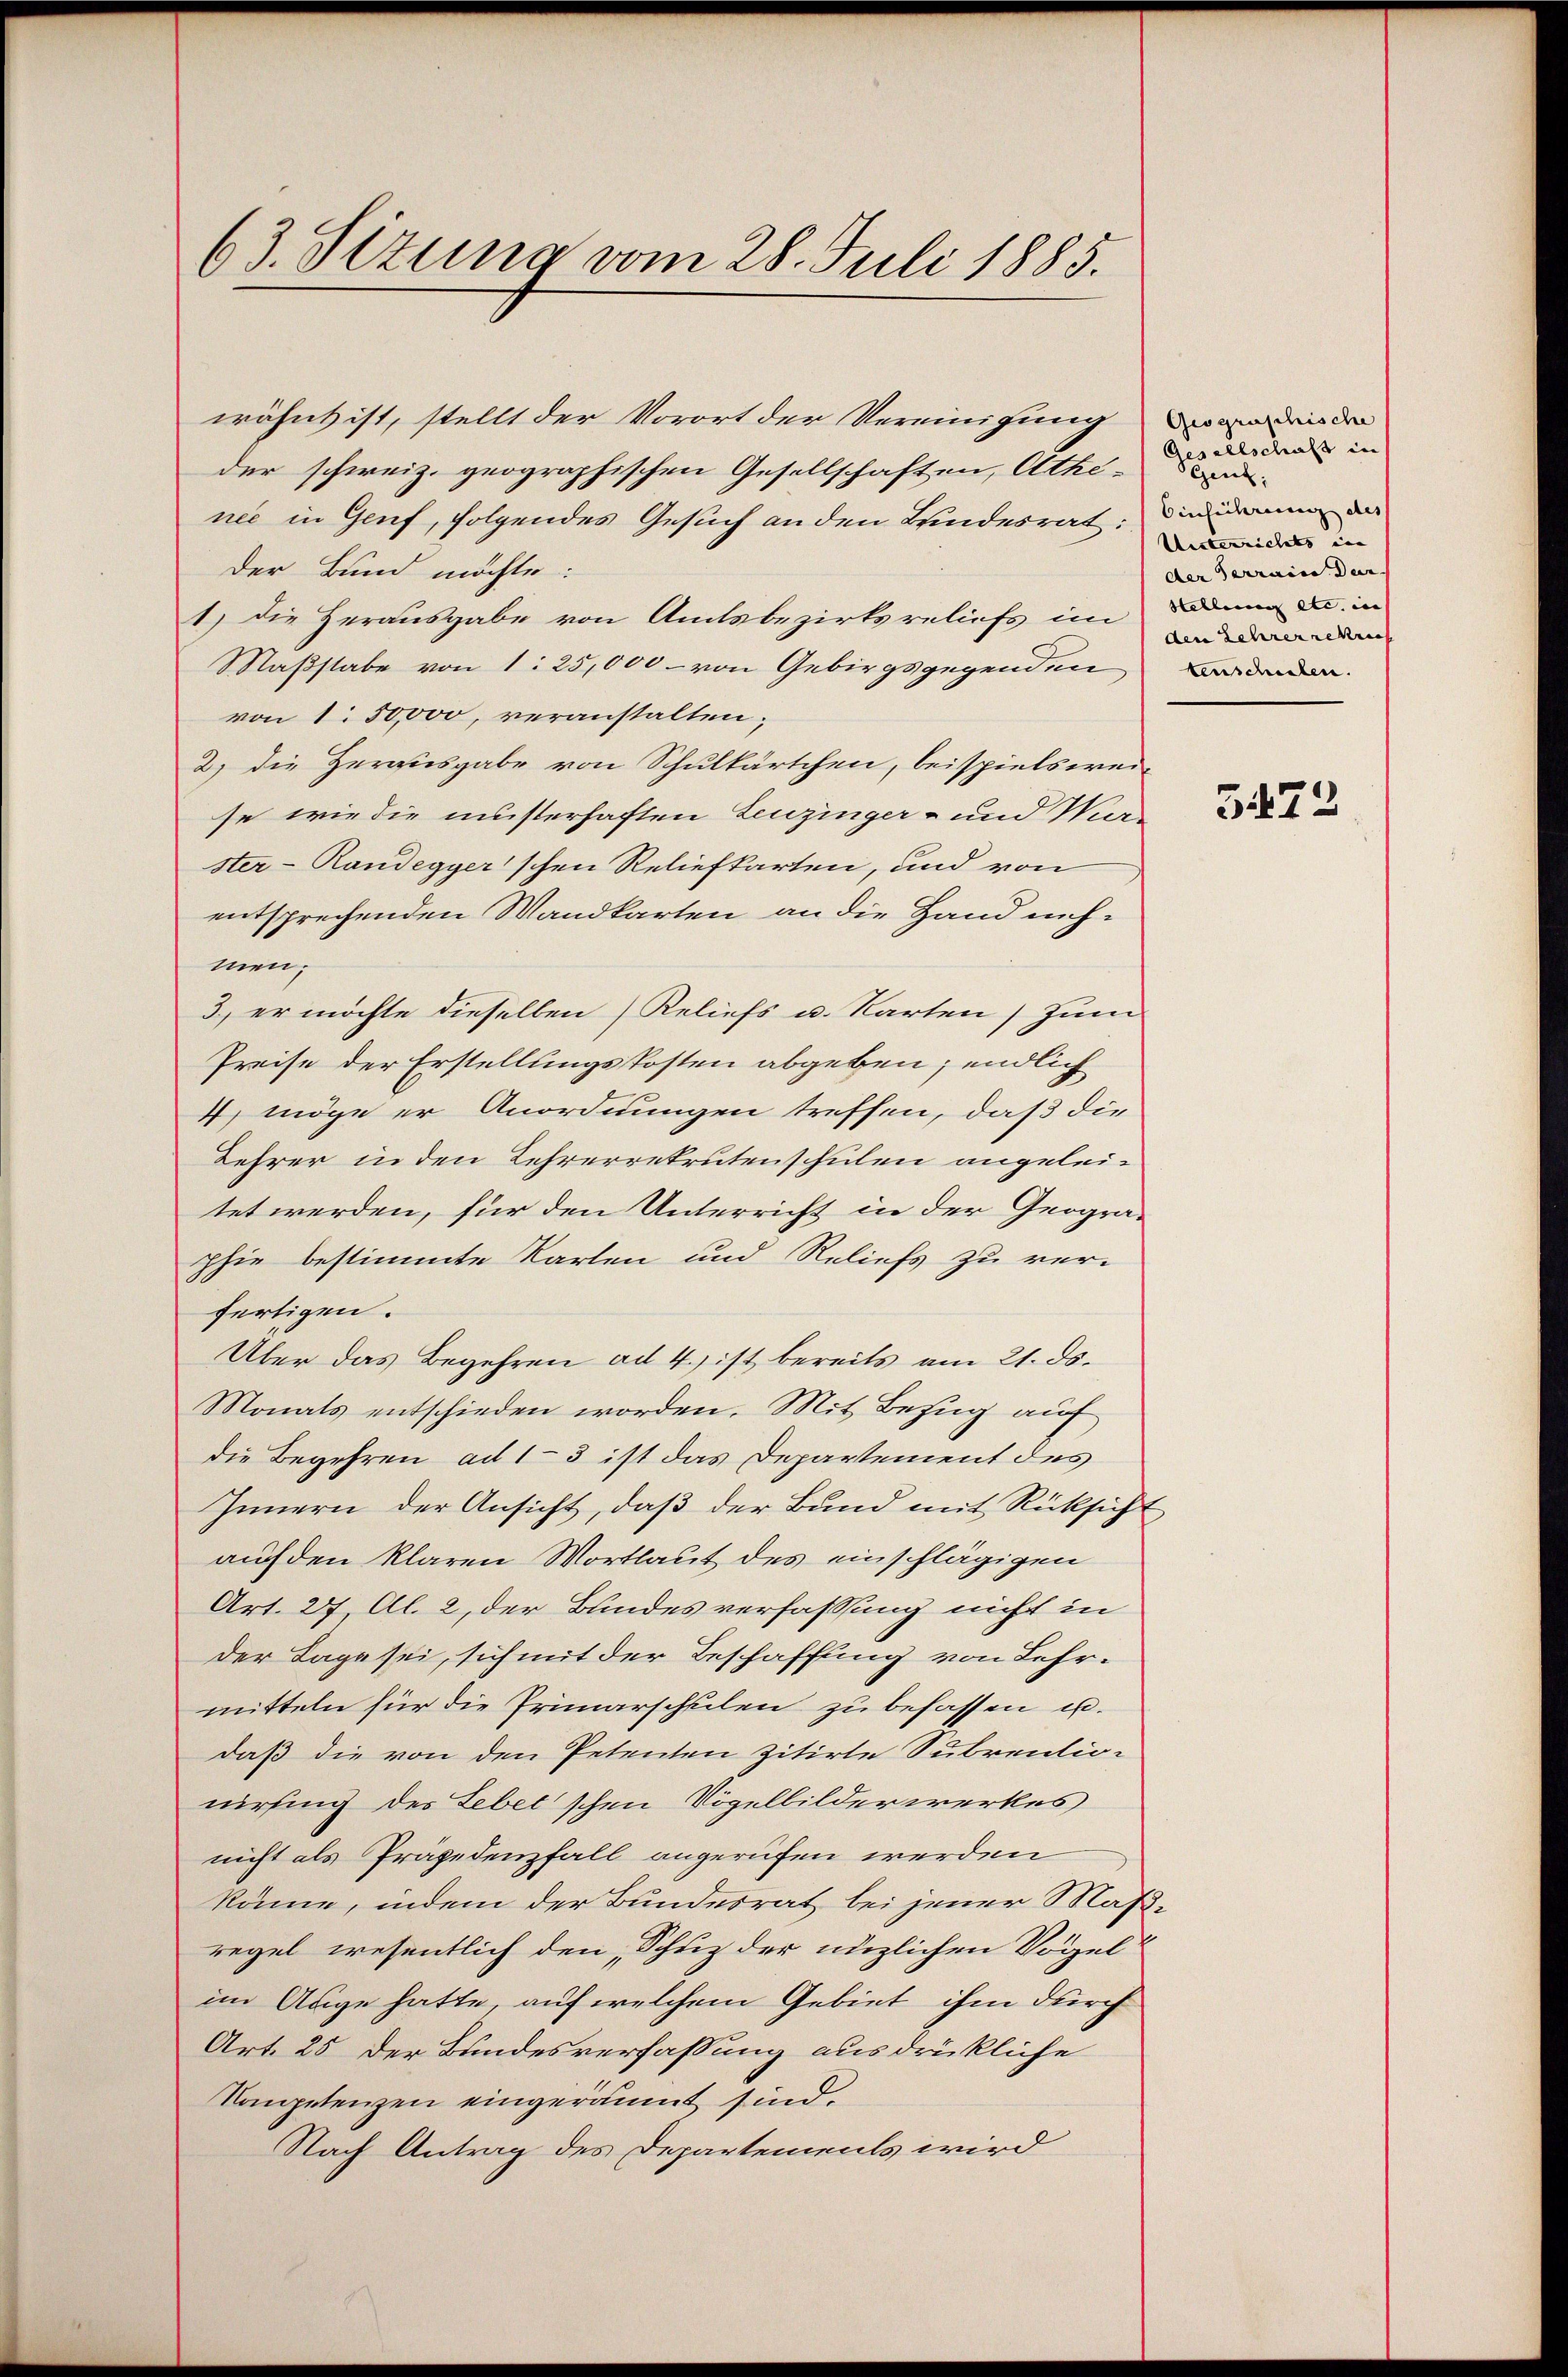
63. Sizung vom 28. Juli 1885.

1) die Herausgabe von Amtsbezirksreliefs im
Maßstabe von 1: 25,000 - von Gebirgsgegenden
von 1 50,000, veranstalten;
2) die Herausgabe von Schulkärtchen, beispielsweise wie die musterhaften Leuzinger- und War
ster-Randegyer'schen Reliefkarten, und von
entsprechenden Wandkarten an die Hand nichmen.
3.) er möchte dieselben Reliefs u. Karten) zum
Preise der Erstellungskosten abgeben; endlich
4) möge er Anordnungen treffen, daß die
Lehrer in den Lehrerrekrutenschulen angeleitet werden, für den Unterricht in der Geogra-
phie bestimmte Karten und Reliefs zu ver-
fertigen.
Über das Begehren ad 4.) ist bereits am 21. ds.
Monats entschieden worden. Mit Bezug auf
die Begehren ad 1–3 ist das Departement des
Innern der Ansicht, daß der Bund mit Rücksicht
auf den klaren Wortlaut des einschlägigen
Art. 27, Al. 2, der Bundesverfassung nicht in
der Lage sei, sich mit der Beschaffung von Lehr-
mitteln für die Primarschulen zu befassen u.
daß die von den Petenten zitirte Subrentionirsing des Lebet schen Vögelbilderwerkes
nicht als Präpedenfall angerufen werden
könne, indem der Bundesrat bei jener Masregel wesentlich den „Schuz der nüzlichen Vögel
im Auge hatte, auf welchem Gebiet ihm durch
Art. 25 der Bundesverfassung ausdrückliche
Kompetenzen eingeräumt sind.
Nach Antrag des Departements wird

wähnt ist, stellt der Vorort der Vereinigung
der schweiz. geographischen Gesellschaften, Athe-
nee in Genf, folgendes Gesuch an den Bundesrat:
Der Bund möchte:

Geographische
esellschaft in
Gent,
Einsicherung des
Unterrichts in
der Terraine der
Stellung etc. in |
den Lehrer reku
tenschulen.

.

5472